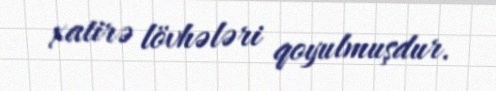
xatirə lövhələri qoyulmuşdur.